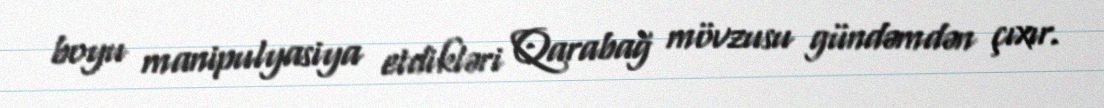
boyu manipulyasiya etdikləri Qarabağ mövzusu gündəmdən çıxır.